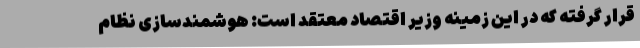
قرار گرفته که در این زمینه وزیر اقتصاد معتقد است: هوشمندسازی نظام